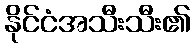
နိုင်ငံအသီးသီး၏